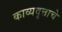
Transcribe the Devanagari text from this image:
काव्यवृत्ताचे